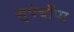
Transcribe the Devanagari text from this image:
सुपेर्चोप्प